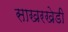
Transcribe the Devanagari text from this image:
साखरखेडी